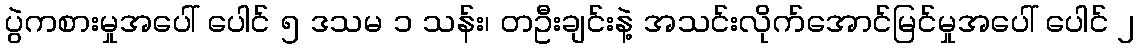
ပွဲကစားမှုအပေါ် ပေါင် ၅ ဒသမ ၁ သန်း၊ တဦးချင်းနဲ့ အသင်းလိုက်အောင်မြင်မှုအပေါ် ပေါင် ၂